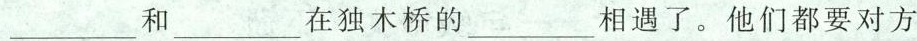
___和___在独木桥的___相遇了。他们都要对方